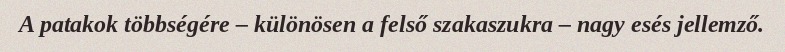
A patakok többségére – különösen a felső szakaszukra – nagy esés jellemző.